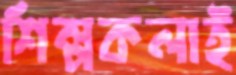
শিল্পকলাই